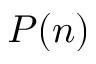
P ( n )